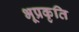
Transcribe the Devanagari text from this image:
भूप्रकृति